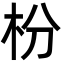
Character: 枌